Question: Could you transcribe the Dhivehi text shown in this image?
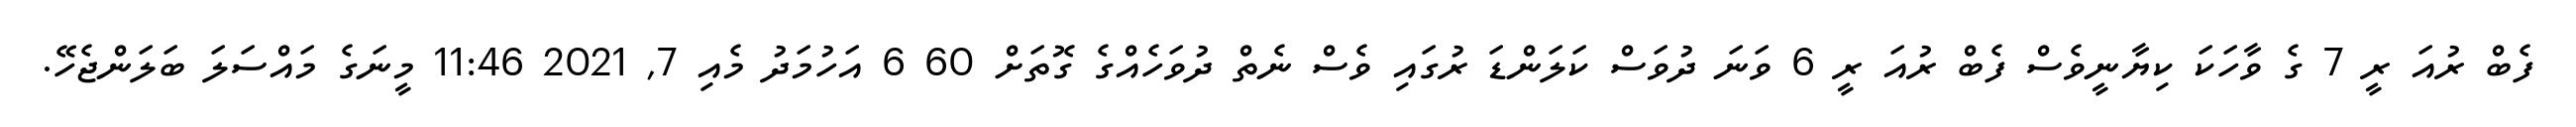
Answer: ފެބް ރުއަ ރީ 7 ގެ ވާހަކަ ކިޔާނީވެސް ފެބް ރުއަ ރީ 6 ވަނަ ދުވަސް ކަލަންޑަ ރުގައި ވެސް ނެތް ދުވަހެއްގެ ގޮތަށް 60 6 އަހުމަދު މެއި 7, 2021 11:46 މީނަގެ މައްސަލަ ބަލަންޖެހޭ.